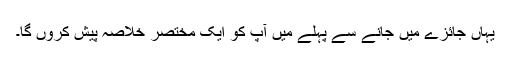
یہاں جائزے میں جانے سے پہلے میں آپ کو ایک مختصر خلاصہ پیش کروں گا۔